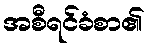
အစီရင်ခံစာ၏